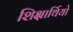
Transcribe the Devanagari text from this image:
शिक्षार्थियो